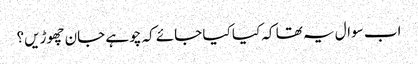
اب سوال یہ تھا کہ کیا کیا جائے کہ چوہے جان چھوڑیں؟